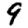
Digit: 9